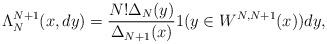
LaTeX: \begin{align*}\Lambda^{N+1}_{N}(x,dy)=\frac{N! \Delta_N(y)}{\Delta_{N+1}(x)}\boldmath{1}(y\in W^{N,N+1}(x))dy,\end{align*}